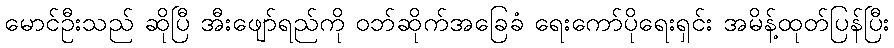
မောင်ဦးသည် ဆိုပြီ အီးဖျော်ရည်ကို ဝဘ်ဆိုက်အခြေခံ ရေးကော်ပိုရေးရှင်း အမိန့်ထုတ်ပြန်ပြီး